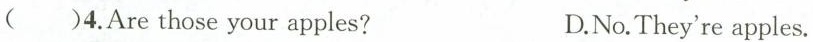
()4.Are those your apples? D.No.They're apples.